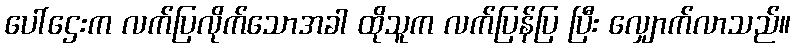
ပေါ်ဌေးက လက်ပြလိုက်သောအခါ ထိုသူက လက်ပြန်ပြ ပြီး လျှောက်လာသည်။